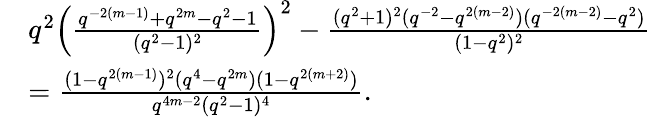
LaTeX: \begin{array}{rl}&{q^{2}\left(\frac{q^{-2(m-1)}+q^{2m}-q^{2}-1}{(q^{2}-1)^{2}}\right)^{2}-\frac{(q^{2}+1)^{2}(q^{-2}-q^{2(m-2)})(q^{-2(m-2)}-q^{2})}{(1-q^{2})^{2}}}\\ &{=\frac{(1-q^{2(m-1)})^{2}(q^{4}-q^{2m})(1-q^{2(m+2)})}{q^{4m-2}(q^{2}-1)^{4}}.}\end{array}